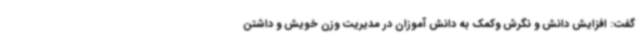
گفت: افزایش دانش و نگرش وکمک به دانش آموزان در مدیریت وزن خویش و داشتن